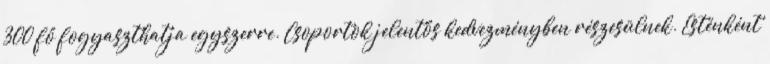
300 fő fogyaszthatja egyszerre. Csoportok jelentős kedvezményben részesülnek. Esténként